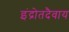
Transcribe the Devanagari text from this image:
इंद्रोतदैवाय